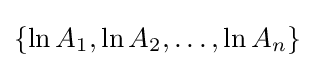
\{\ln A_{1},\ln A_{2},\dots ,\ln A_{n}\}